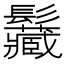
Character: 𩰅